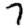
Digit: 7